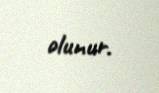
olunur.